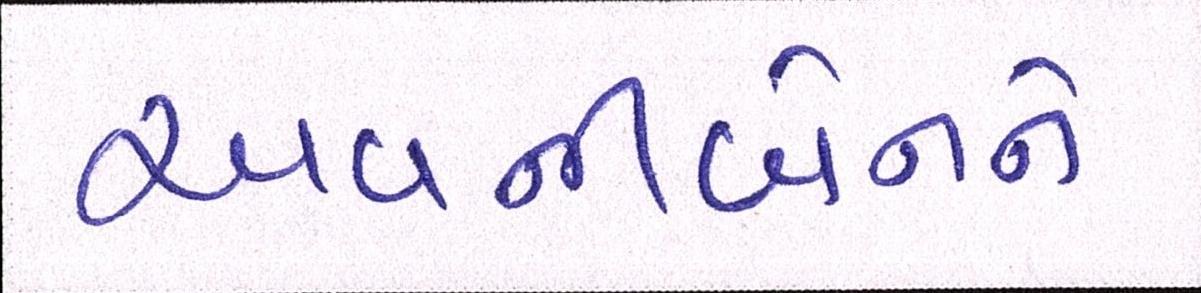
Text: અવનીબેનને